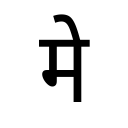
OCR:
मे